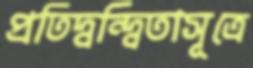
প্রতিদ্বন্দ্বিতাসূত্রে